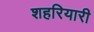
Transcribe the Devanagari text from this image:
शहरियारी